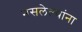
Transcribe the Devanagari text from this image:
नसलेल्यांना